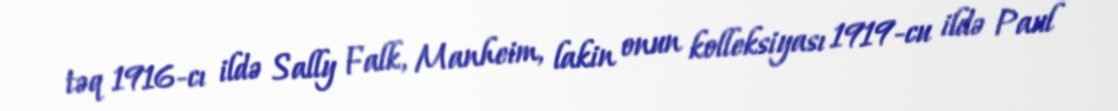
təq 1916-cı ildə Sally Falk, Manheim, lakin onun kolleksiyası 1919-cu ildə Paul